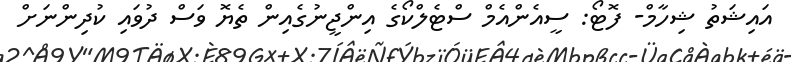
އައިޝަތު ޝިހާމް- ފޮޓޯ: ސީއެންއެމް ސްޓެލްކޯގެ އިންޖީނުގެއިން ތެޔޮ ވަސް ދުވައި ކުދިންނަށް